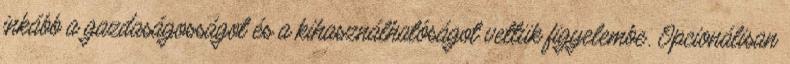
inkább a gazdaságosságot és a kihasználhatóságot vettük figyelembe. Opcionálisan